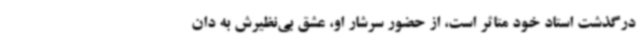
درگذشت استاد خود متاثر است، از حضور سرشار او، عشق بی‌نظیرش به دان